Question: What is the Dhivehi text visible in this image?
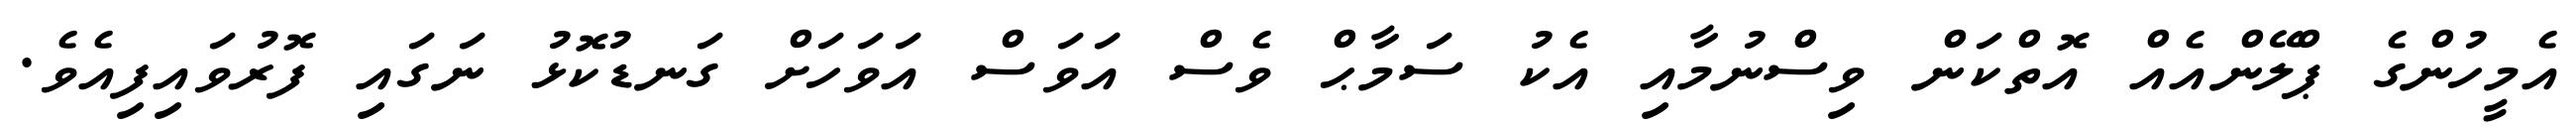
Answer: އެމީހުންގެ ޕްލޭންއެއް އޮތްކަން ވިސްނުމާއި އެކު ސަމާޙް ވެސް އަވަސް އަވަހަށް ގަނޑުކޮޅު ނަގައި ފޮރުވައިފިއެވެ.